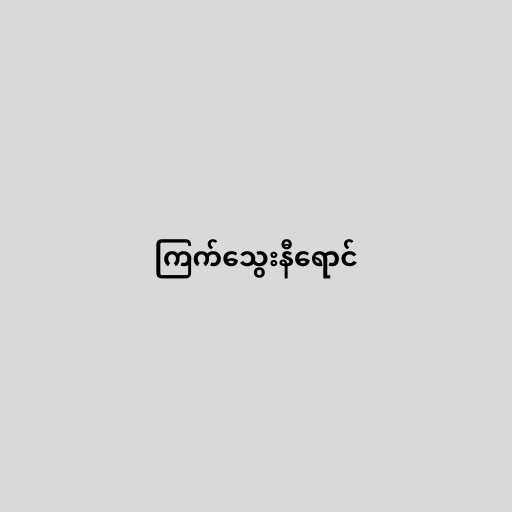
ကြက်သွေးနီရောင်